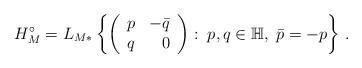
LaTeX: \begin{align*}H_{M}^{\circ}=L_{M*}\left\{ \left( \begin{array}{cr} p & -\bar{q} \\ q & 0 \end{array}\right): \; p,q \in {\mathbb H}, \; \bar{p}=-p\right\} \, .\end{align*}